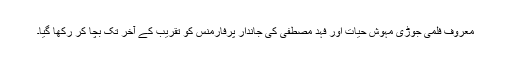
معروف فلمی جوڑی مہوش حیات اور فہد مصطفیٰ کی جاندار پرفارمنس کو تقریب کے آخر تک بچا کر رکھا گیا۔